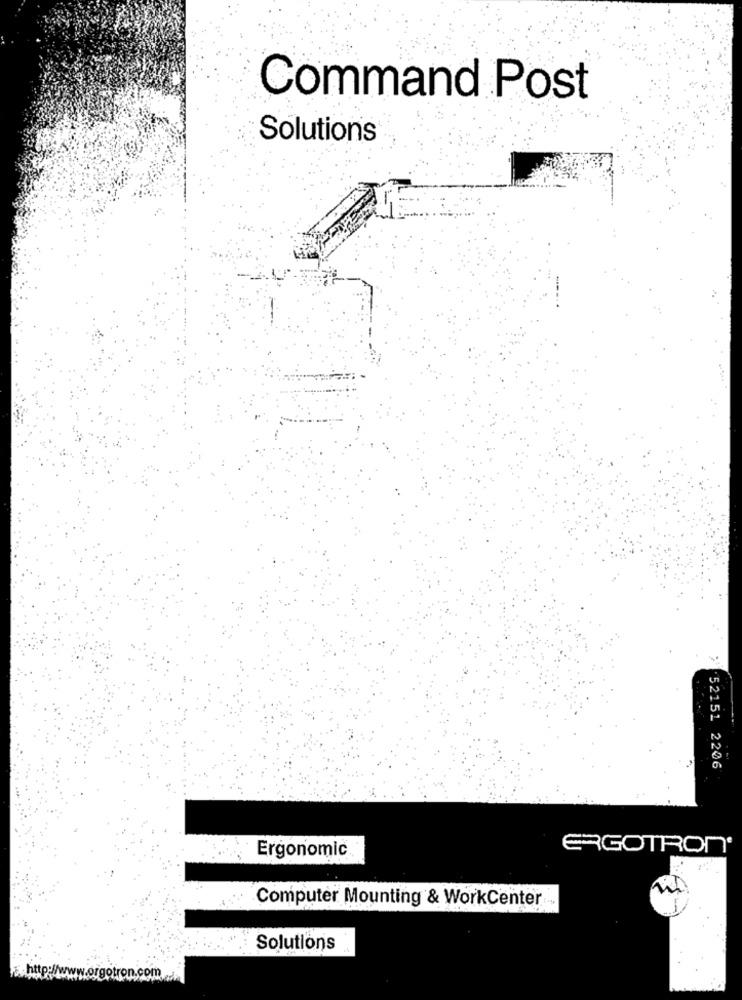
Command Post
Solutions
52151 2206
Ergonomic
ERGOTRON®
Computer Mounting & WorkCenter
Solutions
on.com